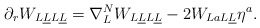
\begin{align*}\partial_r W_{L\underline LL\underline L} = \nabla^N _{L} W_{L\underline LL\underline L} -2 W_{LaL\underline L} \eta^a . \\\end{align*}